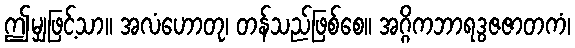
ဤမျှဖြင့်သာ။ အလံဟောတု၊ တန်သည်ဖြစ်စေ။ အဂ္ဂိကဘာရဒွဇဇာတကံ၊